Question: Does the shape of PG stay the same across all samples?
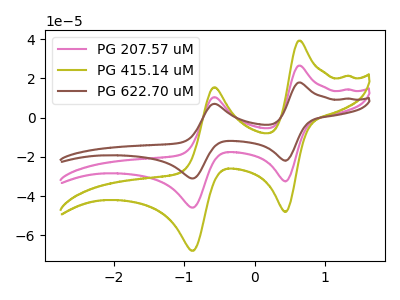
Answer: <think>The pink curve "PG 207.57 uM" has anodic peaks at (0.60V, 26.55uA) (-0.55V, 10.50uA) and cathodic peaks at (0.45V, -32.50uA) (-0.85V, -45.90uA). The olive curve "PG 415.14 uM" has anodic peaks at (0.60V, 39.25uA) (-0.55V, 15.50uA) and cathodic peaks at (0.45V, -48.05uA) (-0.85V, -67.90uA). The brown curve "PG 622.70 uM" has anodic peaks at (0.60V, 53.10uA) (-0.55V, 20.95uA) and cathodic peaks at (0.45V, -64.95uA) (-0.85V, -91.75uA).
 All the peaks in "PG 207.57 uM" have a peak in "PG 415.14 uM" at the same potential. Every peak in "PG 207.57 uM" is lower than every peak in "PG 415.14 uM". All the peaks in "PG 207.57 uM" have a peak in "PG 622.70 uM" at the same potential. Every peak in "PG 207.57 uM" is lower than every peak in "PG 622.70 uM". All the peaks in "PG 415.14 uM" have a peak in "PG 622.70 uM" at the same potential. Every peak in "PG 415.14 uM" is lower than every peak in "PG 622.70 uM".</think>
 <answer>All the CV's of "PG" have similar shape.</answer>
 <eval>follow_rule</eval>